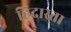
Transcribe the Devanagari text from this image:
हिदास्ता